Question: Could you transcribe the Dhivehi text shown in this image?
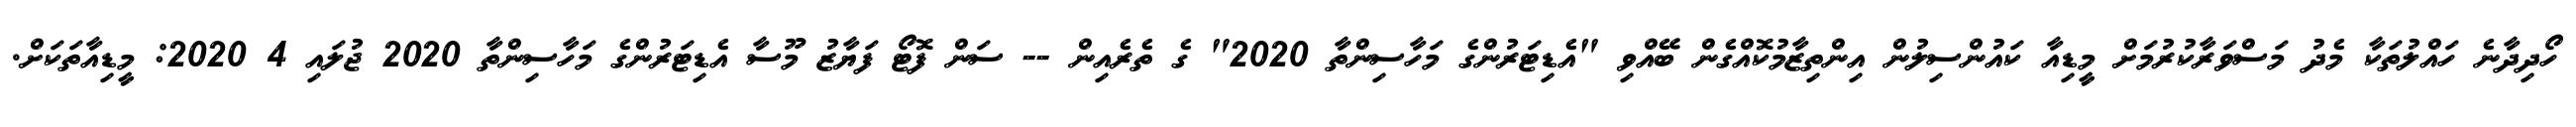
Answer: ހޯދިދާނެ ހައްލުތަކާ މެދު މަސްވަރާކުރުމަށް މީޑިއާ ކައުންސިލުން އިންތިޒާމުކޮއްގެން ބޭއްވި "އެޑިޓަރުންގެ މަހާސިންތާ 2020" ގެ ތެރެއިން -- ސަން ފޮޓޯ ފަޔާޒު މޫސާ އެޑިޓަރުންގެ މަހާސިންތާ 2020 ޖުލައި 4 2020: މީޑިއާތަކަށް.